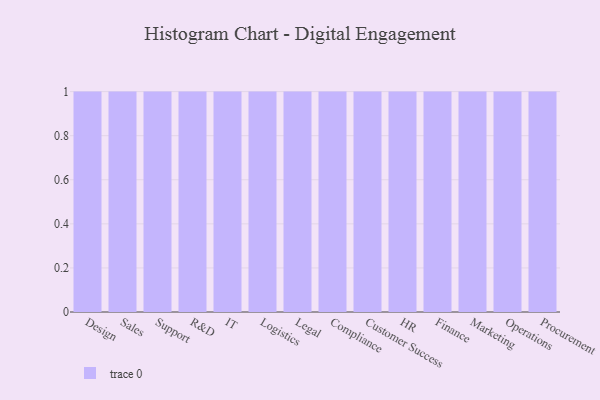
{"axis": {"x": "Department", "y": "Headcount"}, "legend": [""], "data": [{"x": "Design", "y": 7, "type": ""}, {"x": "Sales", "y": 61, "type": ""}, {"x": "Support", "y": 38, "type": ""}, {"x": "R&D", "y": 90, "type": ""}, {"x": "IT", "y": 43, "type": ""}, {"x": "Logistics", "y": 70, "type": ""}, {"x": "Legal", "y": 6, "type": ""}, {"x": "Compliance", "y": 38, "type": ""}, {"x": "Customer Success", "y": 54, "type": ""}, {"x": "HR", "y": 75, "type": ""}, {"x": "Finance", "y": 24, "type": ""}, {"x": "Marketing", "y": 20, "type": ""}, {"x": "Operations", "y": 50, "type": ""}, {"x": "Procurement", "y": 60, "type": ""}]}